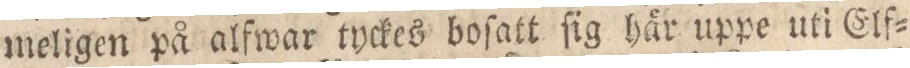
meligen på alfwar tyckes boſatt ſig här uppe uti Elf=